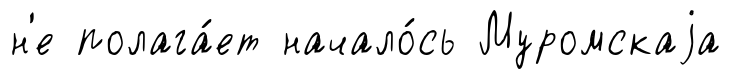
н'е полага́ет начало́сь Муромскаjа